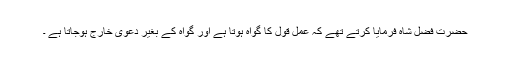
حضرت فضل شاہ فرمایا کرتے تھے کہ عمل قول کا گواہ ہوتا ہے اور گواہ کے بغیر دعویٰ خارج ہوجاتا ہے ۔